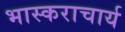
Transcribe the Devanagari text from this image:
भास्‍कराचार्य